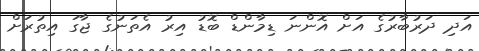
އަދި ދަރުބާރުގެ އަށް އޮންނަ ޑިމާންޑް ބޮޑު އިރު އެތަނުގެ ޖާގަ އިތުރަށް